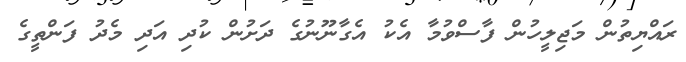
ރައްޔިތުން މަޖިލީހުން ފާސްވުމާ އެކު އެގާނޫނުގެ ދަށުން ކުދި އަދި މެދު ފަންތީގެ